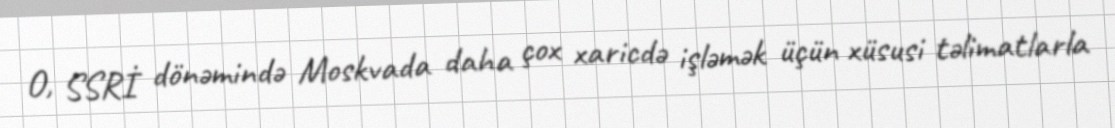
O, SSRİ dönəmində Moskvada daha çox xaricdə işləmək üçün xüsusi təlimatlarla